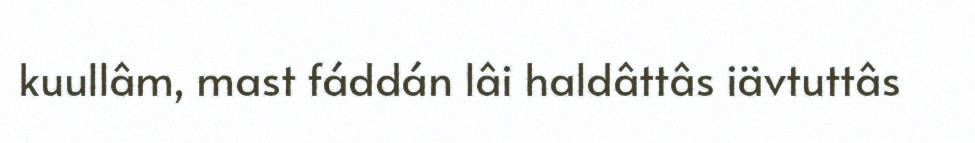
kuullâm, mast fáddán lâi haldâttâs iävtuttâs